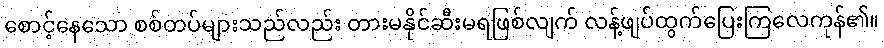
စောင့်နေသော စစ်တပ်များသည်လည်း တားမနိုင်ဆီးမရဖြစ်လျက် လန့်ဖျပ်ထွက်ပြေးကြလေကုန်၏။